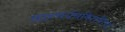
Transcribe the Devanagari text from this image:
आश्चर्यचकितरित्या